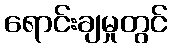
ရောင်းချမှုတွင်